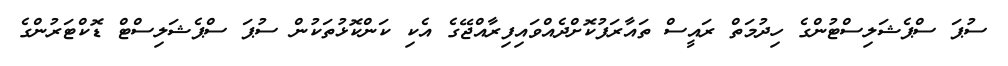
ސުޕަ ސްޕެޝަލިސްޓުންގެ ހިދުމަތް ރައީސް ތައާރަފުކޮށްދެއްވައިފިރާއްޖޭގެ އެކި ކަންކޮޅުތަކުން ސުޕަ ސްޕެޝަލިސްޓް ޑޮކްޓަރުންގެ